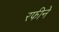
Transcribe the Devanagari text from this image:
रफीने